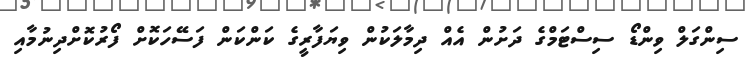
ސިންގަލް ވިންޑޯ ސިސްޓަމްގެ ދަށުން އެއް ދިމާލަކުން ވިޔަފާރީގެ ކަންކަން ފަސޭހަކޮށް ފޯރުކޮށްދިނުމާއި